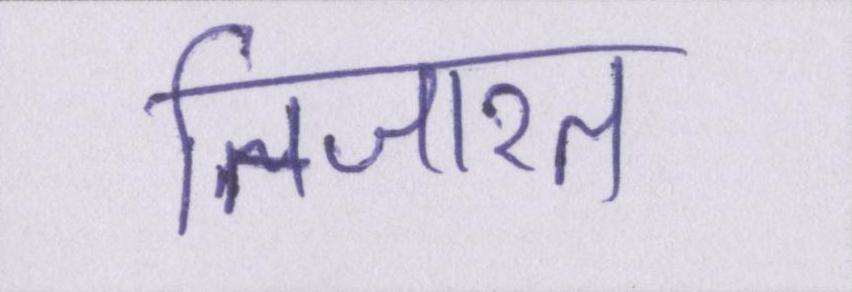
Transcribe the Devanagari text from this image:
तिजारत